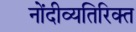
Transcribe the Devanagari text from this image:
नोंदीव्यतिरिक्त